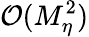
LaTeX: \mathcal{O}(M_{\eta}^{2})